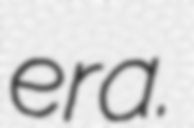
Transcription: era.